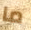
ما